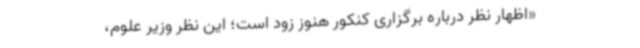
«اظهار نظر درباره برگزاری کنکور هنوز زود است؛ این نظر وزیر علوم،